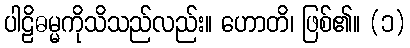
ပါဠိဓမ္မကိုသိသည်လည်း။ ဟောတိ၊ ဖြစ်၏။ (၁)